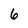
Character: 6